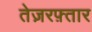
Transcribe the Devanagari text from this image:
तेज़रफ़्तार